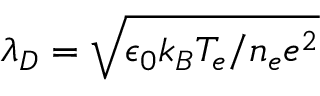
\lambda _ { D } = \sqrt { \epsilon _ { 0 } k _ { B } T _ { e } / n _ { e } e ^ { 2 } }